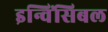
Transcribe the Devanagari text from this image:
इन्विंसिबल